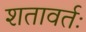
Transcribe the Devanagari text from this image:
शतावर्तः